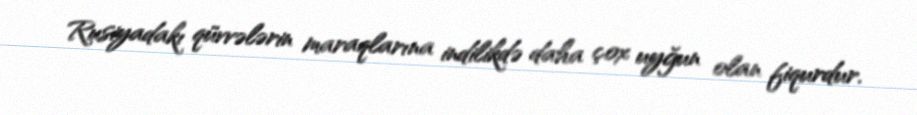
Rusiyadakı qüvvələrin maraqlarına indilikdə daha çox uyğun olan fiqurdur.